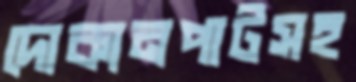
দোকানপাটসহ